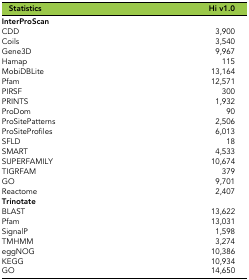
<table><thead><tr><td><b>Statistics</b></td><td><b>Hi v1.0</b></td></tr></thead><tbody><tr><td><b>InterProScan</b></td><td></td></tr><tr><td>CDD</td><td>3,900</td></tr><tr><td>Coils</td><td>3,540</td></tr><tr><td>Gene3D</td><td>9,967</td></tr><tr><td>Hamap</td><td>115</td></tr><tr><td>MobiDBLite</td><td>13,164</td></tr><tr><td>Pfam</td><td>12,571</td></tr><tr><td>PIRSF</td><td>300</td></tr><tr><td>PRINTS</td><td>1,932</td></tr><tr><td>ProDom</td><td>90</td></tr><tr><td>ProSitePatterns</td><td>2,506</td></tr><tr><td>ProSiteProfiles</td><td>6,013</td></tr><tr><td>SFLD</td><td>18</td></tr><tr><td>SMART</td><td>4,533</td></tr><tr><td>SUPERFAMILY</td><td>10,674</td></tr><tr><td>TIGRFAM</td><td>379</td></tr><tr><td>GO</td><td>9,701</td></tr><tr><td>Reactome</td><td>2,407</td></tr><tr><td><b>Trinotate</b></td><td></td></tr><tr><td>BLAST</td><td>13,622</td></tr><tr><td>Pfam</td><td>13,031</td></tr><tr><td>SignalP</td><td>1,598</td></tr><tr><td>TMHMM</td><td>3,274</td></tr><tr><td>eggNOG</td><td>10,386</td></tr><tr><td>KEGG</td><td>10,934</td></tr><tr><td>GO</td><td>14,650</td></tr></tbody></table>